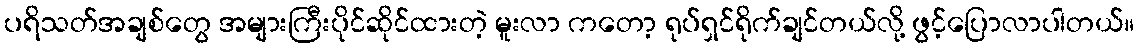
ပရိသတ်အချစ်တွေ အများကြီးပိုင်ဆိုင်ထားတဲ့ မူးလာ ကတော့ ရုပ်ရှင်ရိုက်ချင်တယ်လို့ ဖွင့်ပြောလာပါတယ်။